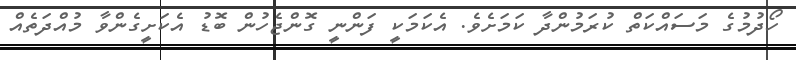
ހޯދުމުގެ މަސައްކަތް ކުރަމުންދާ ކަމަށެވެ. އެކަމަކީ ފަންނީ ގޮންޖެހުން ބޮޑު އެކަށީގެންވާ މުއްދަތެއް